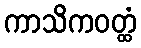
ကာသိကဝတ္ထံ